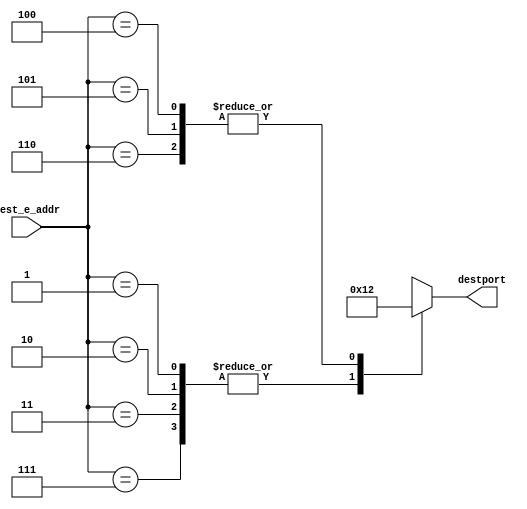

/**************************************************************************
**	WARNING: THIS IS AN AUTO-GENERATED FILE. CHANGES TO IT ARE LIKELY TO BE
**	OVERWRITTEN AND LOST. Rename this file if you wish to do any modification.
****************************************************************************/


/**********************************************************************
**    
**	Copyright (C) 2014-2021  Alireza Monemi
**    
**	This file is part of ProNoC 2.1.0 
**
**	ProNoC ( stands for Prototype Network-on-chip)  is free software: 
**	you can redistribute it and/or modify it under the terms of the GNU
**	Lesser General Public License as published by the Free Software Foundation,
**	either version 2 of the License, or (at your option) any later version.
**
** 	ProNoC is distributed in the hope that it will be useful, but WITHOUT
** 	ANY WARRANTY; without even the implied warranty of MERCHANTABILITY
** 	or FITNESS FOR A PARTICULAR PURPOSE.  See the GNU Lesser General
** 	Public License for more details.
**
** 	You should have received a copy of the GNU Lesser General Public
** 	License along with ProNoC. If not, see <http:**www.gnu.org/licenses/>.
******************************************************************************/ 
module Tcustom1Rcustom_conventional_routing_genvar  #(
	parameter RAw = 3,  
	parameter EAw = 3,   
	parameter DSTPw=4,
	parameter SRC_E_ADDR=0  
)
(
	dest_e_addr,
	destport        
);
    
	input   [EAw-1   :0] dest_e_addr;
	output reg [DSTPw-1 :0] destport;	
        
    
	generate

	if(SRC_E_ADDR == 0) begin : SRC0
		always@(*)begin	
			destport= 0; 
			case(dest_e_addr)
			1,2,3,7,10: begin 
				destport= 1; 
			end
			4,5,6,8,9,11,12,13,14,15: begin 
				destport= 2; 
			end
			default: begin 
				destport= {DSTPw{1'bX}};
			end

			endcase
		end
	end//SRC0

	if(SRC_E_ADDR == 1) begin : SRC1
		always@(*)begin	
			destport= 0; 
			case(dest_e_addr)
			0,4,7,8,9,10,12,15: begin 
				destport= 1; 
			end
			2,3,5,6,11,13,14: begin 
				destport= 2; 
			end
			default: begin 
				destport= {DSTPw{1'bX}};
			end

			endcase
		end
	end//SRC1

	if(SRC_E_ADDR == 2) begin : SRC2
		always@(*)begin	
			destport= 0; 
			case(dest_e_addr)
			3,4,5,6,8,11,13,14,15: begin 
				destport= 1; 
			end
			0,1,7,9,10,12: begin 
				destport= 2; 
			end
			default: begin 
				destport= {DSTPw{1'bX}};
			end

			endcase
		end
	end//SRC2

	if(SRC_E_ADDR == 3) begin : SRC3
		always@(*)begin	
			destport= 0; 
			case(dest_e_addr)
			2,10,11,12: begin 
				destport= 1; 
			end
			0,1,4,5,6,7,8,9,13,14,15: begin 
				destport= 2; 
			end
			default: begin 
				destport= {DSTPw{1'bX}};
			end

			endcase
		end
	end//SRC3

	if(SRC_E_ADDR == 4) begin : SRC4
		always@(*)begin	
			destport= 0; 
			case(dest_e_addr)
			1,6,7,8,10,13: begin 
				destport= 1; 
			end
			3: begin 
				destport= 2; 
			end
			0,2,5,9,11,12,14,15: begin 
				destport= 3; 
			end
			default: begin 
				destport= {DSTPw{1'bX}};
			end

			endcase
		end
	end//SRC4

	if(SRC_E_ADDR == 5) begin : SRC5
		always@(*)begin	
			destport= 0; 
			case(dest_e_addr)
			1,7,8,10,11,12,15: begin 
				destport= 1; 
			end
			2,3,4,6,13,14: begin 
				destport= 2; 
			end
			0,9: begin 
				destport= 3; 
			end
			default: begin 
				destport= {DSTPw{1'bX}};
			end

			endcase
		end
	end//SRC5

	if(SRC_E_ADDR == 6) begin : SRC6
		always@(*)begin	
			destport= 0; 
			case(dest_e_addr)
			3,4,13: begin 
				destport= 1; 
			end
			0,1,2,5,7,8,9,10,11,12,14,15: begin 
				destport= 2; 
			end
			default: begin 
				destport= {DSTPw{1'bX}};
			end

			endcase
		end
	end//SRC6

	if(SRC_E_ADDR == 7) begin : SRC7
		always@(*)begin	
			destport= 0; 
			case(dest_e_addr)
			2,3,4,5,6,8,9,11,12,13,14,15: begin 
				destport= 1; 
			end
			0,10: begin 
				destport= 2; 
			end
			1: begin 
				destport= 3; 
			end
			default: begin 
				destport= {DSTPw{1'bX}};
			end

			endcase
		end
	end//SRC7

	if(SRC_E_ADDR == 8) begin : SRC8
		always@(*)begin	
			destport= 0; 
			case(dest_e_addr)
			0,4,5,9,10,12: begin 
				destport= 1; 
			end
			2,3,6,11,13,14,15: begin 
				destport= 2; 
			end
			1,7: begin 
				destport= 3; 
			end
			default: begin 
				destport= {DSTPw{1'bX}};
			end

			endcase
		end
	end//SRC8

	if(SRC_E_ADDR == 9) begin : SRC9
		always@(*)begin	
			destport= 0; 
			case(dest_e_addr)
			1,7,8,10,12: begin 
				destport= 1; 
			end
			2,3,4,5,6,11,13,14,15: begin 
				destport= 2; 
			end
			0: begin 
				destport= 3; 
			end
			default: begin 
				destport= {DSTPw{1'bX}};
			end

			endcase
		end
	end//SRC9

	if(SRC_E_ADDR == 10) begin : SRC10
		always@(*)begin	
			destport= 0; 
			case(dest_e_addr)
			2,3,4,5,6,8,9,11,12,13,14,15: begin 
				destport= 1; 
			end
			1,7: begin 
				destport= 2; 
			end
			0: begin 
				destport= 3; 
			end
			default: begin 
				destport= {DSTPw{1'bX}};
			end

			endcase
		end
	end//SRC10

	if(SRC_E_ADDR == 11) begin : SRC11
		always@(*)begin	
			destport= 0; 
			case(dest_e_addr)
			0,1,4,5,6,7,8,9,10,12,13,14,15: begin 
				destport= 1; 
			end
			2: begin 
				destport= 2; 
			end
			3: begin 
				destport= 3; 
			end
			default: begin 
				destport= {DSTPw{1'bX}};
			end

			endcase
		end
	end//SRC11

	if(SRC_E_ADDR == 12) begin : SRC12
		always@(*)begin	
			destport= 0; 
			case(dest_e_addr)
			2,3,4,5,6,11,13,14,15: begin 
				destport= 1; 
			end
			0,9: begin 
				destport= 2; 
			end
			1,7,10: begin 
				destport= 3; 
			end
			8: begin 
				destport= 4; 
			end
			default: begin 
				destport= {DSTPw{1'bX}};
			end

			endcase
		end
	end//SRC12

	if(SRC_E_ADDR == 13) begin : SRC13
		always@(*)begin	
			destport= 0; 
			case(dest_e_addr)
			3,4: begin 
				destport= 2; 
			end
			6: begin 
				destport= 3; 
			end
			0,1,2,5,7,8,9,10,11,12,14,15: begin 
				destport= 4; 
			end
			default: begin 
				destport= {DSTPw{1'bX}};
			end

			endcase
		end
	end//SRC13

	if(SRC_E_ADDR == 14) begin : SRC14
		always@(*)begin	
			destport= 0; 
			case(dest_e_addr)
			5,9,12,15: begin 
				destport= 1; 
			end
			3,4,6,13: begin 
				destport= 2; 
			end
			0,1,7,8,10: begin 
				destport= 3; 
			end
			2,11: begin 
				destport= 4; 
			end
			default: begin 
				destport= {DSTPw{1'bX}};
			end

			endcase
		end
	end//SRC14

	if(SRC_E_ADDR == 15) begin : SRC15
		always@(*)begin	
			destport= 0; 
			case(dest_e_addr)
			1,7,8,10,12: begin 
				destport= 1; 
			end
			2,11,14: begin 
				destport= 2; 
			end
			3,4,6,13: begin 
				destport= 3; 
			end
			0,5,9: begin 
				destport= 4; 
			end
			default: begin 
				destport= {DSTPw{1'bX}};
			end

			endcase
		end
	end//SRC15

	endgenerate

		
	
endmodule